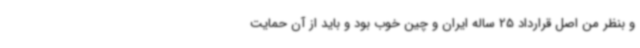
و بنظر من اصل قرارداد 25 ساله ایران و چین خوب بود و باید از آن حمایت